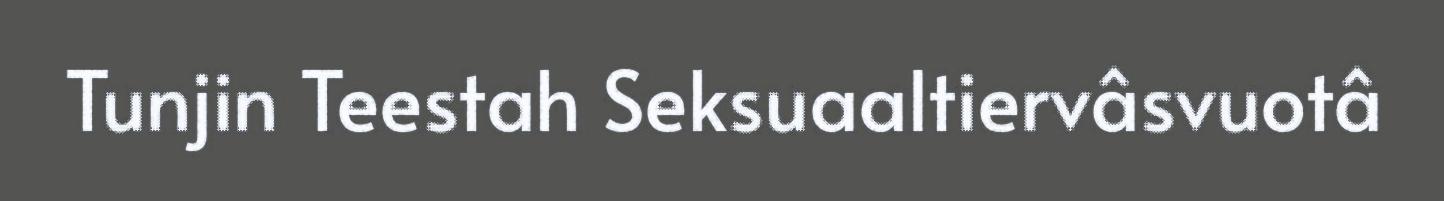
Tunjin Teestah Seksuaaltiervâsvuotâ